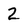
Character: 2